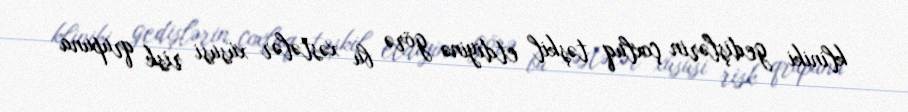
kliniki gedişlərin çoxluq təşkil etdiyinə görə bu xəstələr xüsusi risk qrupuna